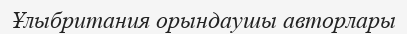
Ұлыбритания орындаушы авторлары